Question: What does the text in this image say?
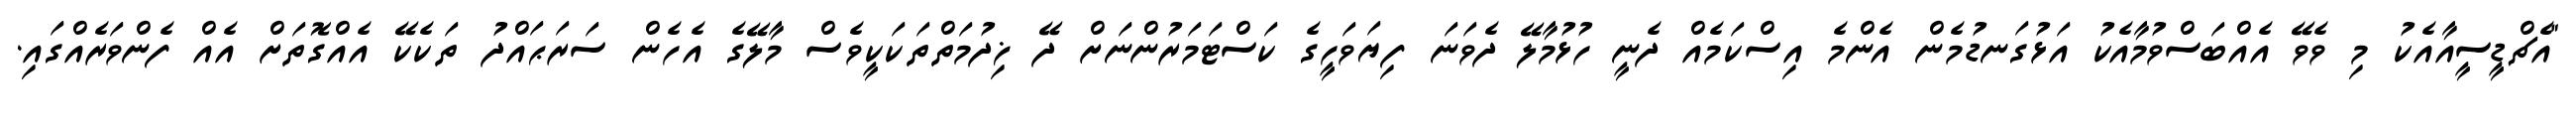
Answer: "އެޗްޑީސީއާއެކު މި ވެވޭ އެއްބަސްވުމާއެކު އަޅުގަނޑުމެން އެންމެ އިސްކަމެއް ދެނީ ހުޅުމާލޭ ދެވަނަ ފިޔަވަހީގެ ކަސްޓަމަރުންނަށް ދޭ ޚިދުމަތްތަކަކީވެސް މާލޭގެ އެހެން ސަރަޙައްދު ތަކެކޭ އެއްގޮތަށް އެއް ފެންވަރެއްގައި.